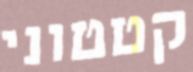
קטטוני